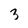
Character: 3